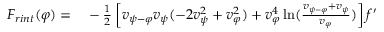
\begin{array} { r l } { F _ { r i n t } ( \varphi ) = } & { { } - { \frac { 1 } { 2 } } \left[ v _ { { { \psi } } - \varphi } v _ { { \psi } } ( - 2 v _ { { \psi } } ^ { 2 } + v _ { \varphi } ^ { 2 } ) + v _ { \varphi } ^ { 4 } \ln ( { \frac { v _ { { { \psi } } - \varphi } + v _ { { \psi } } } { v _ { \varphi } } } ) \right] f ^ { \prime } } \end{array}